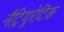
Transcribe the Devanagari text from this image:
नैट्रियूरेटिक